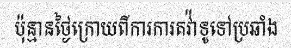
ប៉ុន្មានថ្ងៃក្រោយពីការការតវ៉ាទូទៅប្រឆាំង